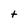
Character: t